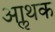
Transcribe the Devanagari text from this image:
आॢथक